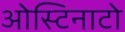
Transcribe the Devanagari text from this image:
ओस्टिनाटो